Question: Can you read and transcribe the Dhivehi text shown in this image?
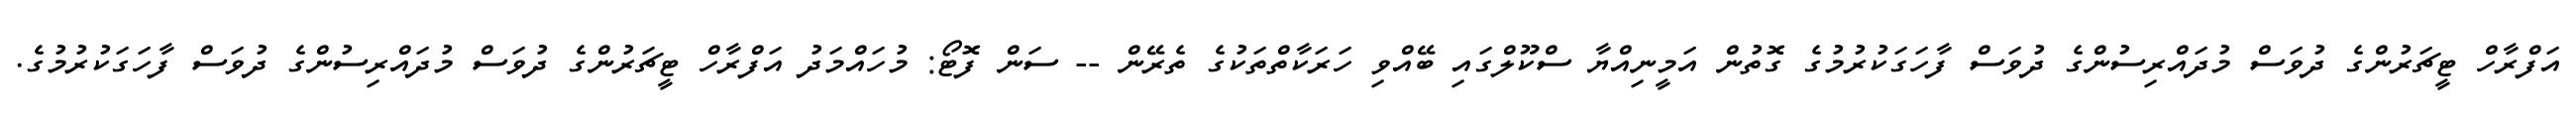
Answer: އަފްރާހް ޓީޗަރުންގެ ދުވަސް މުދައްރިސުންގެ ދުވަސް ފާހަގަކުރުމުގެ ގޮތުން އަމީނިއްޔާ ސްކޫލްގައި ބޭއްވި ހަރަކާތްތަކުގެ ތެރޭން -- ސަން ފޮޓޯ: މުހައްމަދު އަފްރާހް ޓީޗަރުންގެ ދުވަސް މުދައްރިސުންގެ ދުވަސް ފާހަގަކުރުމުގެ.